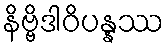
နိဗ္ဗိဒါဝိပန္နဿ